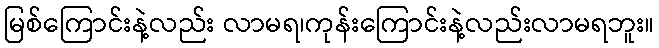
မြစ်ကြောင်းနဲ့လည်း လာမရ၊ကုန်းကြောင်းနဲ့လည်းလာမရဘူး။